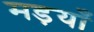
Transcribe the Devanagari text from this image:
मड़याँ